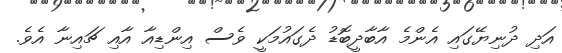
އަދި ދުނިޔޭގައި އެންމެ އާބާދީބޮޑު ދެގައުމަކީ ވެސް އިންޑިއާ އާއި ޗައިނާ އެވެ.